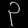
Digit: ၃